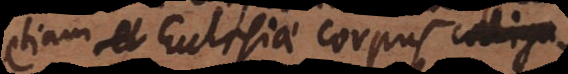
etiam Ecclesiae corpus colligatur,